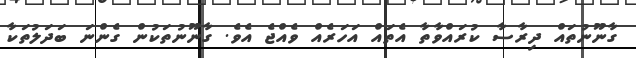
ގާނޫނުތައް ދިރާސާ ކުރައްވާތާ އެތައް އަހަރެއް ވެއްޖެ އެވެ. ގާނޫނުތަކުން ގެންނަ ބަދަލުތަކާ